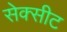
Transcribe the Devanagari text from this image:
सेक्सीट